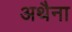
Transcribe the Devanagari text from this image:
अथैना